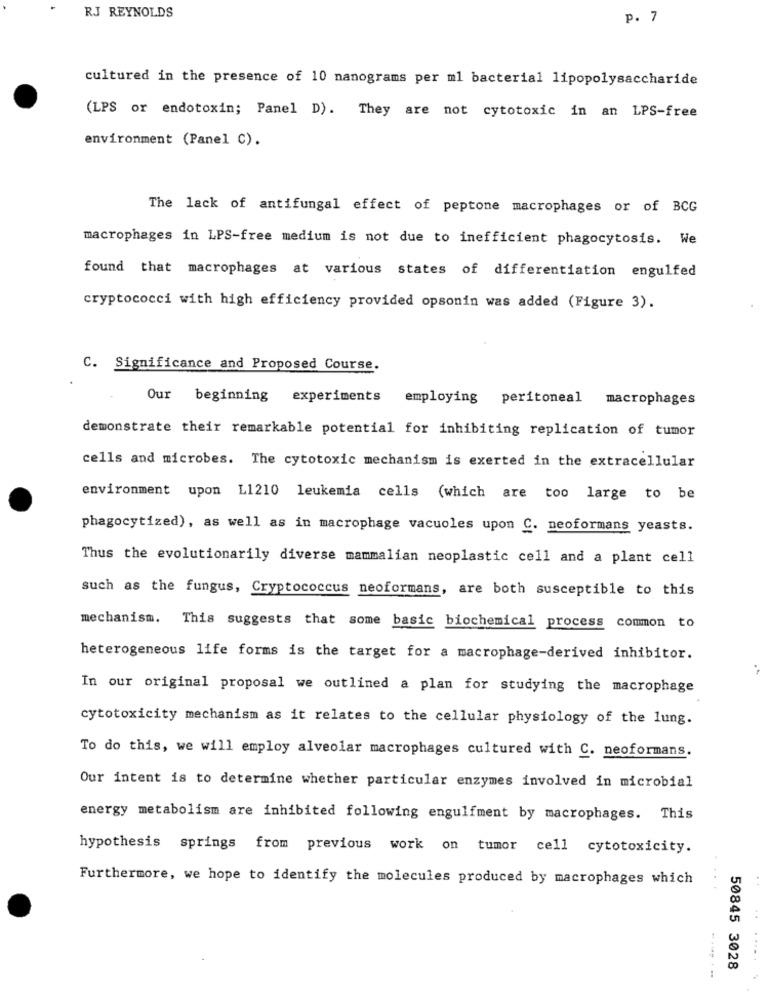
RJ REYNOLDS
p. 7
cultured in the presence of 10 nanograms per ml bacterial lipopolysaccharide
(LPS or endotoxin; Panel D). They are not cytotoxic in an LPS-free
environment (Panel C).
The lack of antifungal effect of peptone macrophages or of BCG
macrophages in LPS-free medium is not due to inefficient phagocytosis. We
found that macrophages at various states of differentiation engulfed
cryptococci with high efficiency provided opsonin was added (Figure 3).
C. Significance and Proposed Course.
Our beginning experiments employing peritoneal macrophages
demonstrate their remarkable potential for inhibiting replication of tumor
cells and microbes. The cytotoxic mechanism is exerted in the extracellular
environment upon L1210 leukemia cells (which are too large to be
phagocytized), as well as in macrophage vacuoles upon C. neoformans yeasts.
Thus the evolutionarily diverse mammalian neoplastic cell and a plant cell
such as the fungus, Cryptococcus neoformans, are both susceptible to this
mechanism. This suggests that some basic biochemical process common to
heterogeneous life forms is the target for a macrophage-derived inhibitor.
In our original proposal we outlined a plan for studying the macrophage
cytotoxicity mechanism as it relates to the cellular physiology of the lung.
To do this, we will employ alveolar macrophages cultured with C. neoformans
Our intent is to determine whether particular enzymes involved in microbial
energy metabolism are inhibited following engulfment by macrophages. This
hypothesis springs from previous work on tumor cell cytotoxicity.
Furthermore, we hope to identify the molecules produced by macrophages which
...
..
....
50845 3028